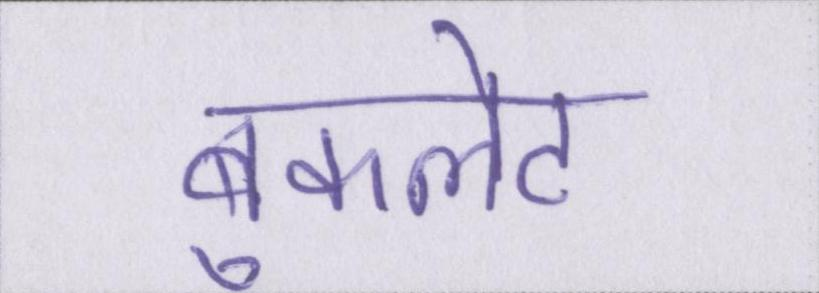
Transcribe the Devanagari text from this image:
बुकलेट